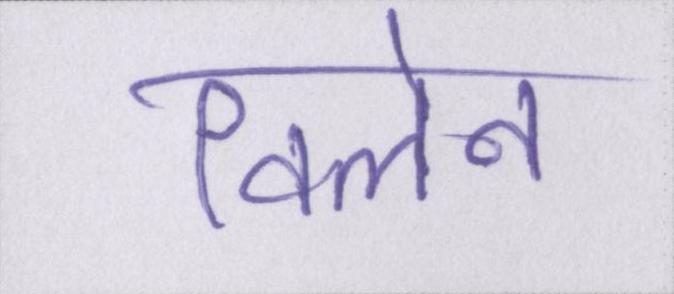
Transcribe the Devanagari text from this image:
विलेन